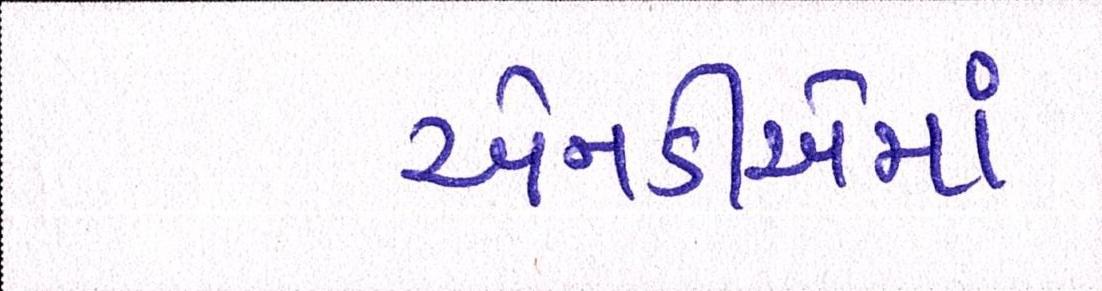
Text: એનડીએમાં